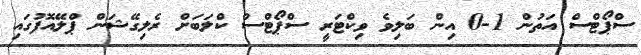
ސްޕޯޓްސް އަތުން 1-0 އިން ބަލިވެ ވިކްޓަރީ ސްޕޯޓްސް ކްލަބަށް ރެލިގޭޝަން ޕްލޭއޮފުގައި